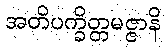
အတိပက္ခိတ္တမဇ္ဇာနိ